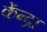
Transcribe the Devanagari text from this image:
केंन्द्रा